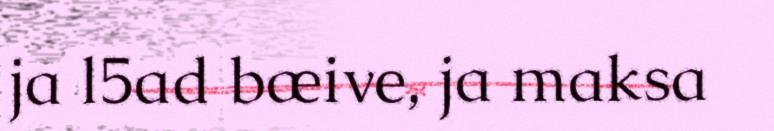
ja l5ad bæive, ja maksa